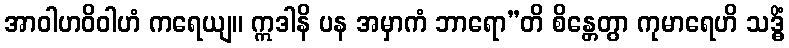
အာဝါဟဝိဝါဟံ ကရေယျ။ ဣဒါနိ ပန အမှာကံ ဘာရော”တိ စိန္တေတွာ ကုမာရေဟိ သဒ္ဓိံ